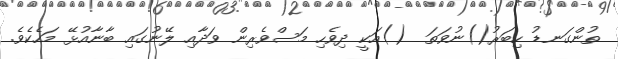
ތުންގަނޑު ހިބަރު()ނުވަތަ  ()އަކީ ދިވެހި މަސްވެރިން ވަދާއި ލޭނުގައި ބާނާއުޅޭ މަހެކެވެ.